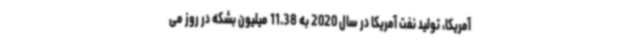
آمریکا، تولید نفت آمریکا در سال 2020 به 11.38 میلیون بشکه در روز می